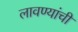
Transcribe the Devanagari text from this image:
लावण्यांची